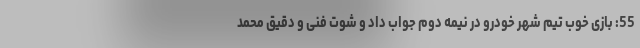
55: بازی خوب تیم شهر خودرو در نیمه دوم جواب داد و شوت فنی و دقیق محمد